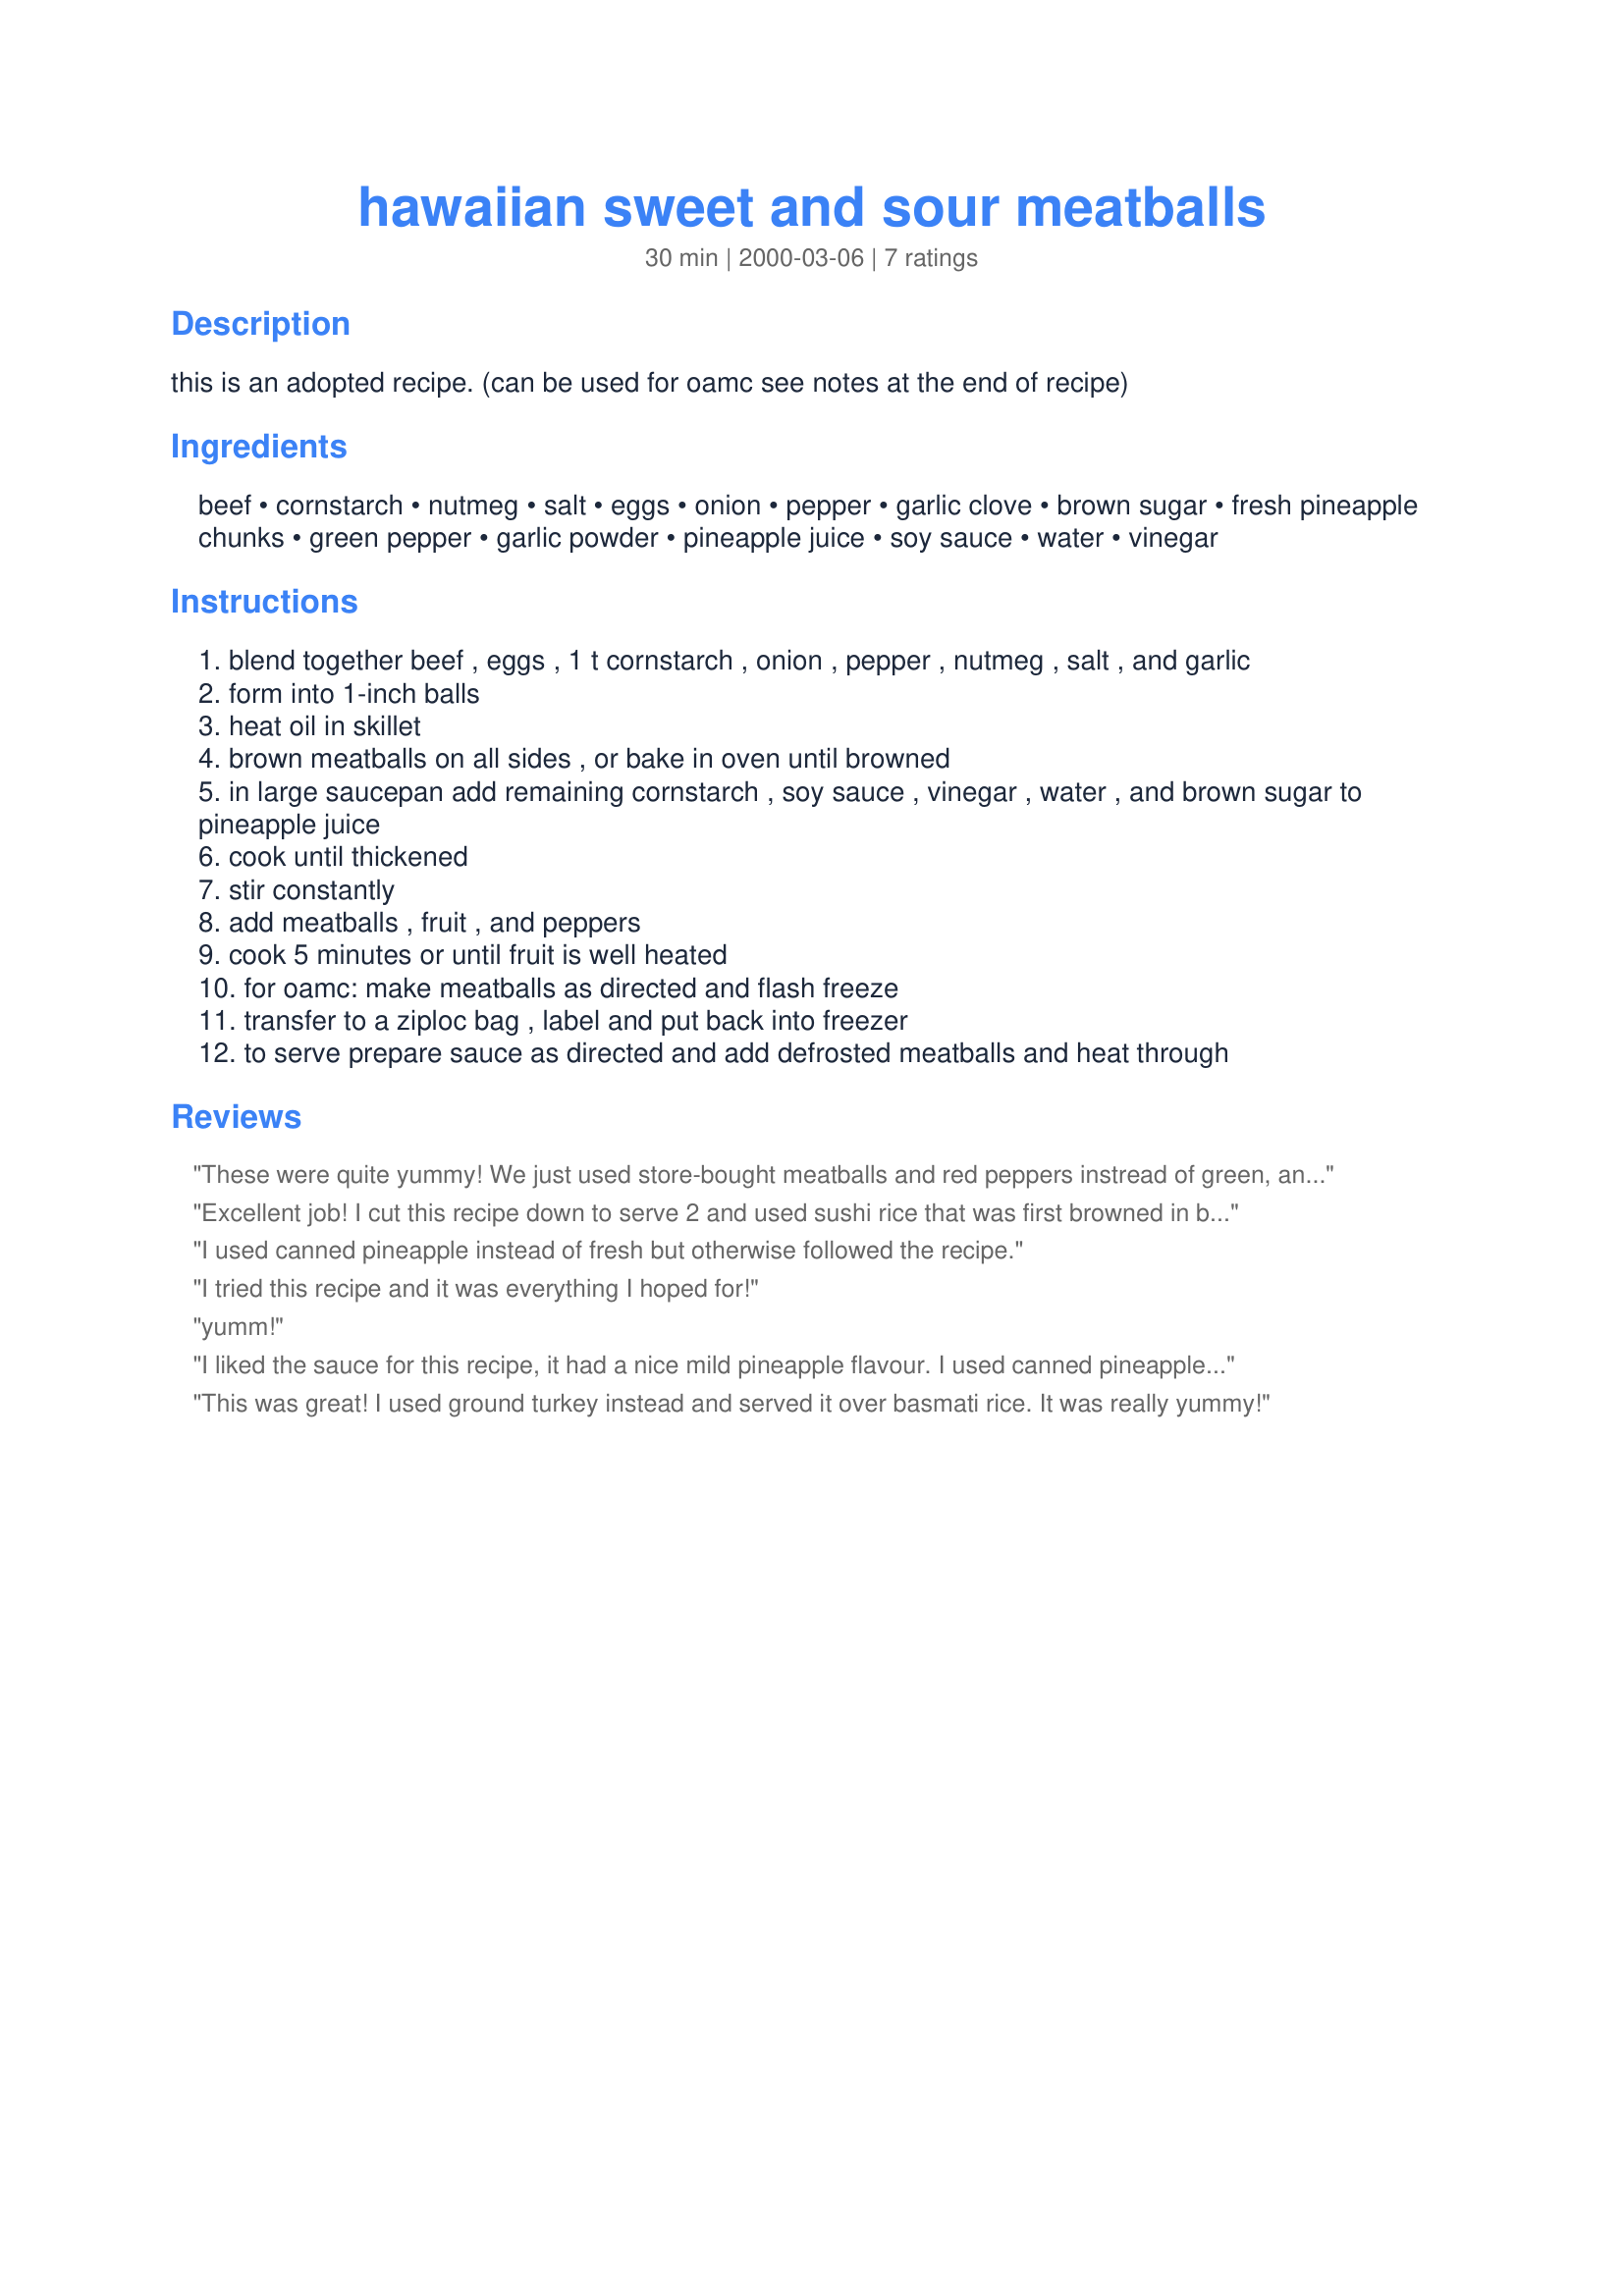
hawaiian sweet and sour meatballs
Preparation time: 30 minutes

this is an adopted recipe. (can be used for oamc see notes at the end of recipe)

Ingredients:
beef, cornstarch, nutmeg, salt, eggs, onion, pepper, garlic clove, brown sugar, fresh pineapple chunks, green pepper, garlic powder, pineapple juice, soy sauce, water, vinegar

Steps:
blend together beef , eggs , 1 t cornstarch , onion , pepper , nutmeg , salt , and garlic
form into 1-inch balls
heat oil in skillet
brown meatballs on all sides , or bake in oven until browned
in large saucepan add remaining cornstarch , soy sauce , vinegar , water , and brown sugar to pineapple juice
cook until thickened
stir constantly
add meatballs , fruit , and peppers
cook 5 minutes or until fruit is well heated
for oamc: make meatballs as directed and flash freeze
transfer to a ziploc bag , label and put back into freezer
to serve prepare sauce as directed and add defrosted meatballs and heat through

Reviews:
These were quite yummy! We just used store-bought meatballs and red peppers instread of green, and this was tasty! The sweet sauce tasted great over rice!
Excellent job! I cut this recipe down to serve 2 and used sushi rice that was first browned in butter and then cooked in chicken stock. I also garnished the final plate with scallion tops and cashews. The wife LOVED it! "Better than any take out she could find in town!"
I used canned pineapple instead of fresh but otherwise followed the recipe.
I tried this recipe and it was everything I hoped for!
yumm!
I liked the sauce for this recipe, it had a nice mild pineapple flavour. I used canned pineapple in place of fresh. I haven't tried making meatballs without bread crumbs before and the texture was actually quite good. However, there wasn't enough seasoning for me, so next time I would probably use my own meatball recipe instead. Thanks!
This was great! I used ground turkey instead and served it over basmati rice. It was really yummy!
